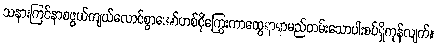
သနားကြင်နာစဖွယ်ကျယ်လောင်စွာအော်ဟစ်ငိုကြွေးကာထွေရာရာမည်တမ်းသောပါးစပ်ရှိကုန်လျက်။